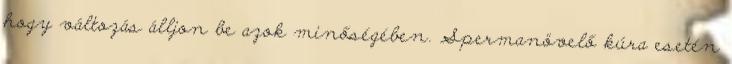
hogy változás álljon be azok minőségében. Spermanövelő kúra esetén